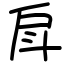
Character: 戽